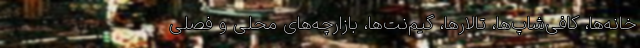
خانه‌ها، کافی‌شاپ‌ها، تالارها، گیم‌نت‌ها، بازارچه‌های محلی و فصلی